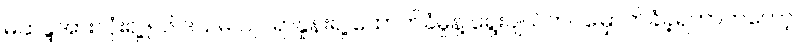
မဲဆန္ဒအားလုံးရဲ့ ၅၆ ဒသမ ၁၂ ရာနှုန်းရဲ့ ထောက်ခံမှုနဲ့ ရွေးချယ်တင်မြှောက်ခံခဲ့ရတာကတော့